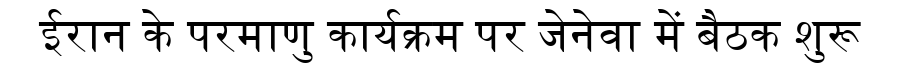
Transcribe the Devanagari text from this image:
ईरान के परमाणु कार्यक्रम पर जेनेवा में बैठक शुरू